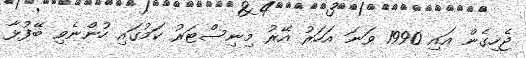
ޖެހިގެން އައި 1990 ވަނަ އަހަރު އޭރު މިނިސްޓަރު ކަމުގައި ހުންނެވި ބޭފުޅާ